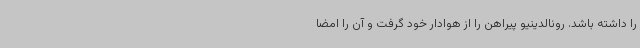
را داشته باشد. رونالدینیو پیراهن را از هوادار خود گرفت و آن را امضا